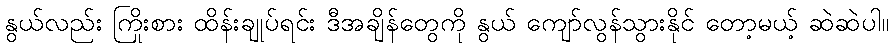
နွယ်လည်း ကြိုးစား ထိန်းချုပ်ရင်း ဒီအချိန်တွေကို နွယ် ကျော်လွန်သွားနိုင် တော့မယ့် ဆဲဆဲပါ။